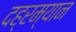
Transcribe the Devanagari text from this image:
दह्रम्यान